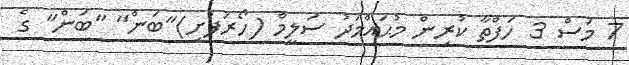
7 މަސް 3 ހަފްތާ ކުރިން މުޙައްމަދު ސަލީމް (ހޯރަފުށި)"ބަން" "ބަން" ގެ